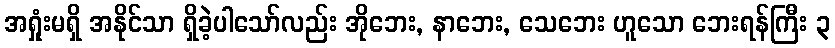
အရှုံးမရှိ အနိုင်သာ ရှိခဲ့ပါသော်လည်း အိုဘေး, နာဘေး, သေဘေး ဟူသော ဘေးရန်ကြီး ၃